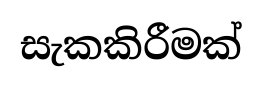
සැකකිරීමක්